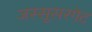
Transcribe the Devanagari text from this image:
जस्सूसरगेट